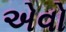
એવો